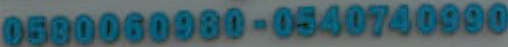
0580060980-0540740990